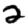
Digit: 2